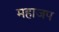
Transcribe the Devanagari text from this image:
महाजप